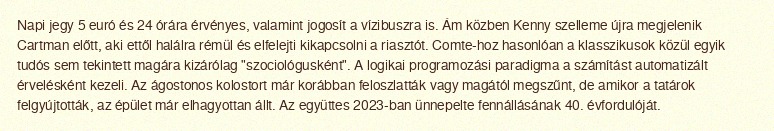
Napi jegy 5 euró és 24 órára érvényes, valamint jogosít a vízibuszra is. Ám közben Kenny szelleme újra megjelenik Cartman előtt, aki ettől halálra rémül és elfelejti kikapcsolni a riasztót. Comte-hoz hasonlóan a klasszikusok közül egyik tudós sem tekintett magára kizárólag "szociológusként". A logikai programozási paradigma a számítást automatizált érvelésként kezeli. Az ágostonos kolostort már korábban feloszlatták vagy magától megszűnt, de amikor a tatárok felgyújtották, az épület már elhagyottan állt. Az együttes 2023-ban ünnepelte fennállásának 40. évfordulóját.